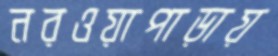
নরওয়াপাড়ায়